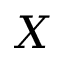
X